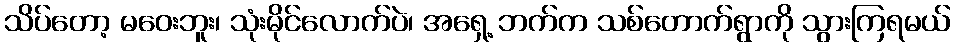
သိပ်တော့ မဝေးဘူး၊ သုံးမိုင်လောက်ပဲ၊ အရှေ့ ဘက်က သစ်တောက်ရွာကို သွားကြရမယ်